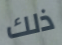
ذلك